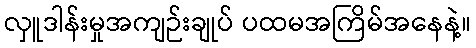
လှူဒါန်းမှုအကျဉ်းချုပ် ပထမအကြိမ်အနေနဲ့။